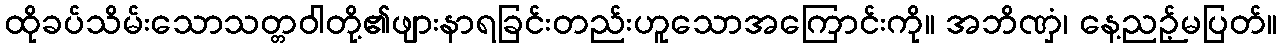
ထိုခပ်သိမ်းသောသတ္တဝါတို့၏ဖျားနာရခြင်းတည်းဟူသောအကြောင်းကို။ အဘိဏှံ၊ နေ့ညဉ့်မပြတ်။